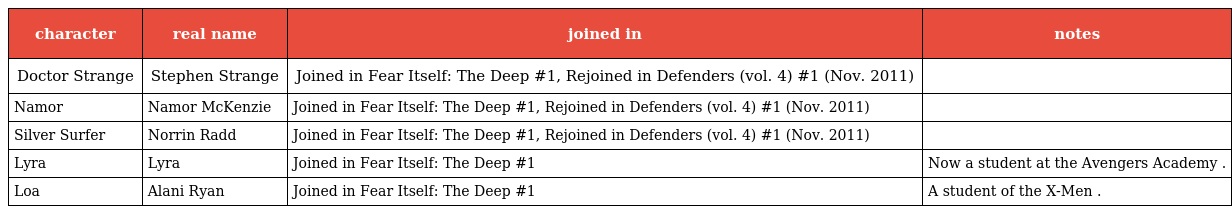
| character | real name | joined in | notes |
 | --- | --- | --- | --- |
 | Doctor Strange | Stephen Strange | Joined in Fear Itself: The Deep #1, Rejoined in Defenders (vol. 4) #1 (Nov. 2011) |  |
 | Namor | Namor McKenzie | Joined in Fear Itself: The Deep #1, Rejoined in Defenders (vol. 4) #1 (Nov. 2011) |  |
 | Silver Surfer | Norrin Radd | Joined in Fear Itself: The Deep #1, Rejoined in Defenders (vol. 4) #1 (Nov. 2011) |  |
 | Lyra | Lyra | Joined in Fear Itself: The Deep #1 | Now a student at the Avengers Academy . |
 | Loa | Alani Ryan | Joined in Fear Itself: The Deep #1 | A student of the X-Men . |